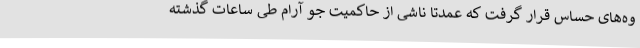
وه‌های حساس قرار گرفت که عمدتاً ناشی از حاکمیت جو آرام طی ساعات گذشته